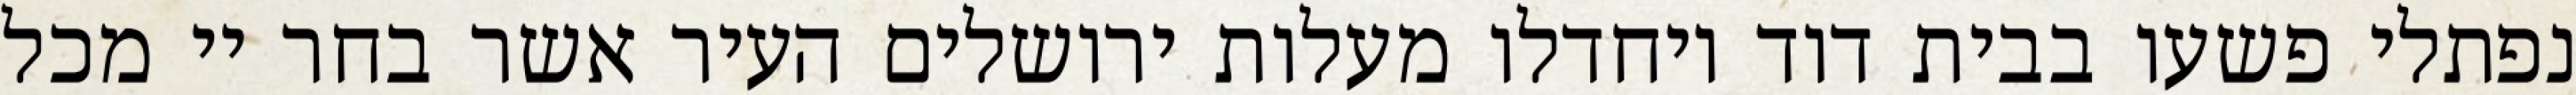
נפתלי פשעו בבית דוד ויחדלו מעלות ירושלים העיר אשר בחר יי מכל